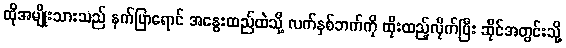
ထိုအမျိုးသားသည် နက်ပြာရောင် အနွေးထည်ထဲသို့ လက်နှစ်ဘက်ကို ထိုးထည့်လိုက်ပြီး ဆိုင်အတွင်းသို့